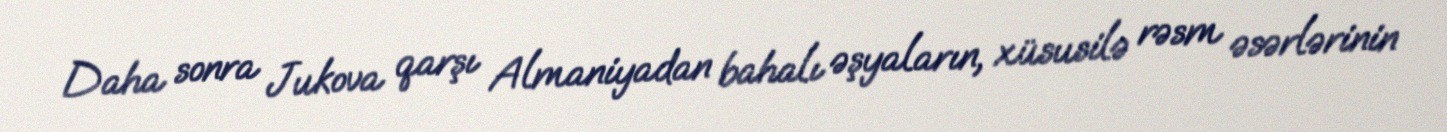
Daha sonra Jukova qarşı Almaniyadan bahalı əşyaların, xüsusilə rəsm əsərlərinin